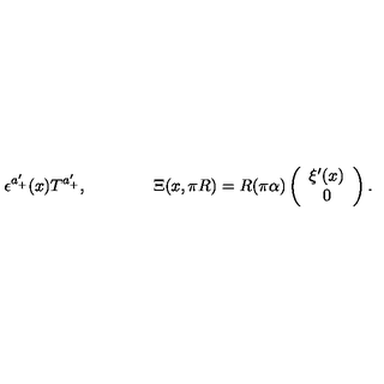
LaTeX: \epsilon ^ { a _ { + } ^ { \prime } } ( x ) T ^ { a _ { + } ^ { \prime } } , \qquad \qquad \Xi ( x , \pi R ) = R ( \pi \alpha ) \left( \begin{array} { c } { \xi ^ { \prime } ( x ) } \\ { 0 } \\ \end{array} \right) .